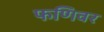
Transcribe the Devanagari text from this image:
फणिवर